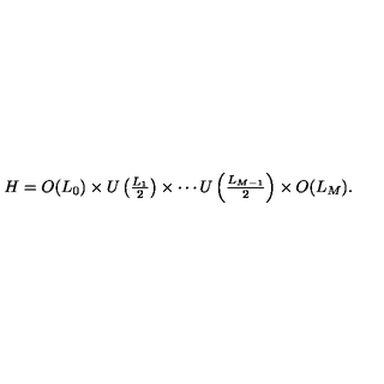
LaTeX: H = O ( L _ { 0 } ) \times U \left( { \textstyle \frac { L _ { 1 } } { 2 } } \right) \times \cdots U \left( { \textstyle \frac { L _ { M - 1 } } { 2 } } \right) \times O ( L _ { M } ) .